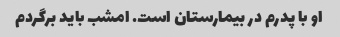
او با پدرم در بیمارستان است. امشب باید برگردم